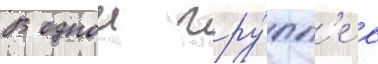
В однои гру́пп'е с